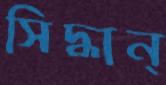
সিদ্ধান্